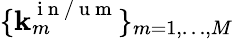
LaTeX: \lbrace\mathbf{k}_{m}^{\mathrm{{~i~n~/~u~m~}}}\rbrace_{m=1,\dots,M}